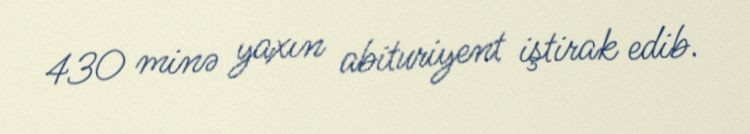
430 minə yaxın abituriyent iştirak edib.